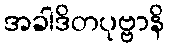
အခါဒိတပုဗ္ဗာနိ